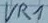
Text: VR1